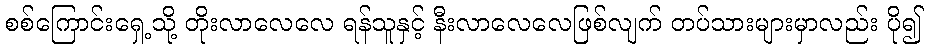
စစ်ကြောင်းရှေ့သို့ တိုးလာလေလေ ရန်သူနှင့် နီးလာလေလေဖြစ်လျက် တပ်သားများမှာလည်း ပို၍